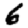
Digit: 6